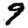
Digit: 9